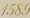
1589